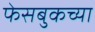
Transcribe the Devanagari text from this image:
फेसबुकच्या